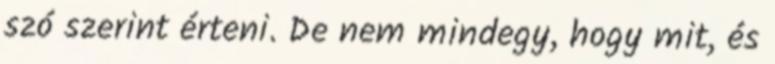
szó szerint érteni. De nem mindegy, hogy mit, és